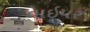
વાઇપર